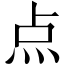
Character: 点